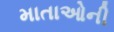
માતાઓની